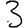
Digit: 3